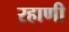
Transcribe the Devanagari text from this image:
रहाणी